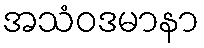
အသံဝဒမာနာ